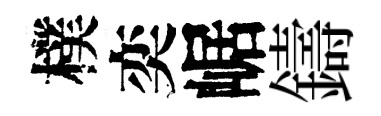
樸奕崌鑄